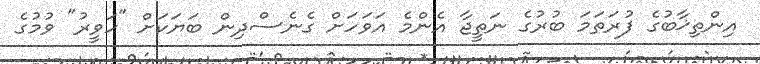
އިންތިޚާބުގެ ފުރަތަމަ ބުރުގެ ނަތީޖާ އެންމެ އަވަހަށް ގެނެސްދިން ބަޔަކަށް "ހަވީރު" ވުމުގެ